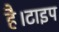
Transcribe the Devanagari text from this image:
है।टाइप